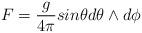
LaTeX: \begin{align*}F=\frac{g}{4\pi} sin \theta d\theta \wedge d\phi\end{align*}